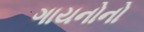
ગાયનોનો